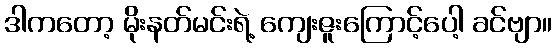
ဒါကတော့ မိုးနတ်မင်းရဲ့ ကျေးဇူးကြောင့်ပေါ့ ခင်ဗျာ။